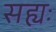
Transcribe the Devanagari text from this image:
सह्यः